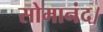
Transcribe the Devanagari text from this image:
सोमानंद।